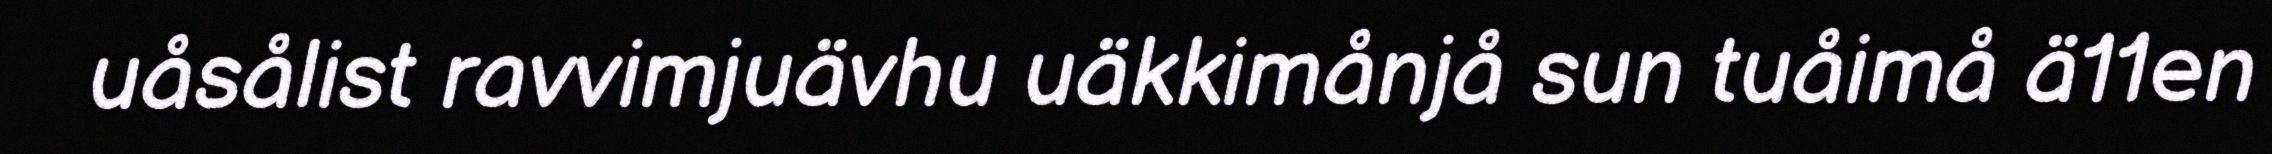
uåsålist ravvimjuävhu uäkkimånjå sun tuåimå ä11en